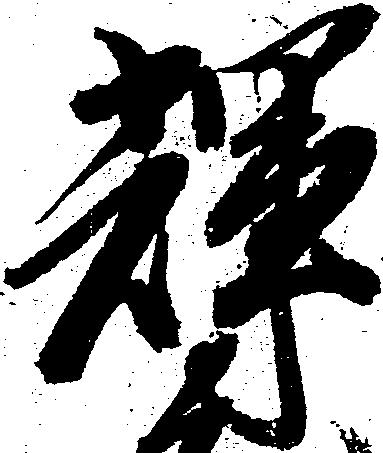
輝